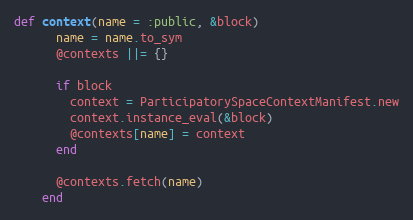
Language: Ruby
def context(name = :public, &block)
      name = name.to_sym
      @contexts ||= {}

      if block
        context = ParticipatorySpaceContextManifest.new
        context.instance_eval(&block)
        @contexts[name] = context
      end

      @contexts.fetch(name)
    end